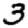
Digit: 3